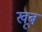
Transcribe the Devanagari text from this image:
खूब